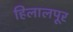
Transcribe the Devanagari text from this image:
हिलालपूर